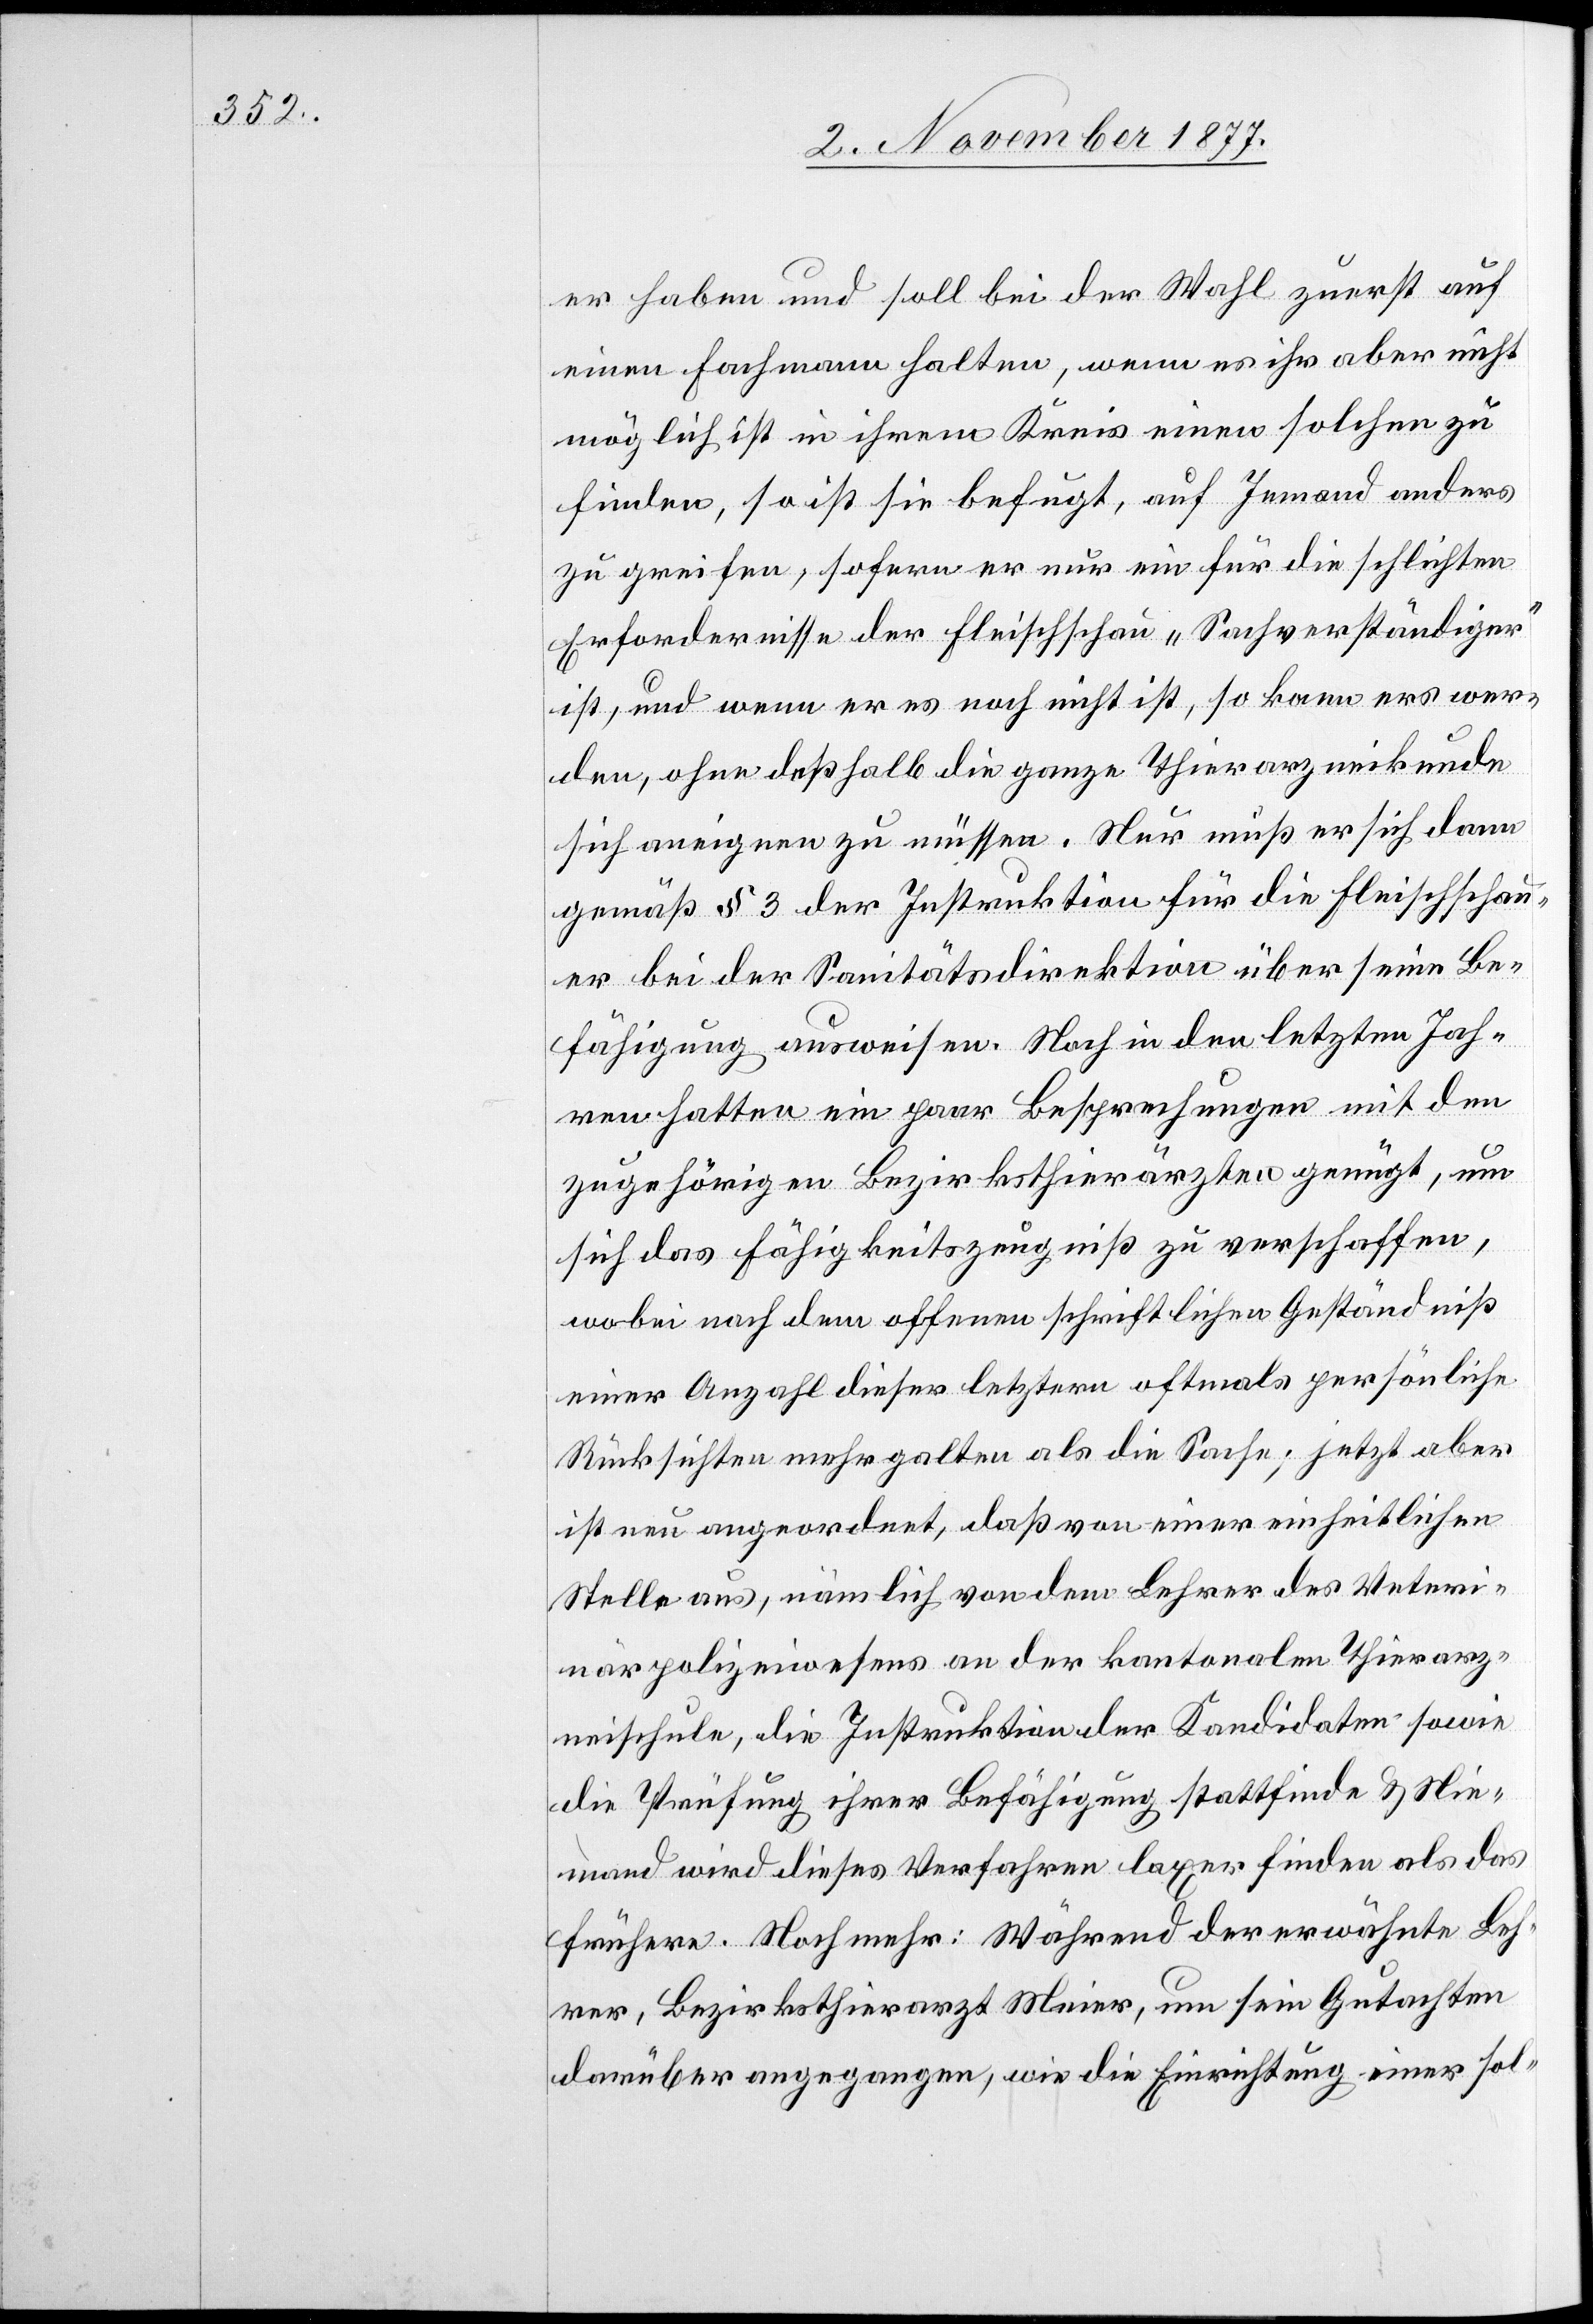
er haben und soll bei der Wahl zuerst auf
einen Fachmann halten, wenn es ihr aber nicht
möglich ist in ihrem Kreis einen solchen zu
finden, so ist sie befugt, auf Jemand anders
zu greifen, sofern er nur ein für die schlichten
Erfordernisse der Fleischschau „Sachverständiger“
ist, und wenn er es noch nicht ist, so kann ers wer¬
den, ohne deßhalb die ganze Thierarzneikunde
sich aneignen zu müssen. Nur muß er sich dann
gemäß § 3 der Instruktion für die Fleischschau¬
er bei der Sanitätsdirektion über seine Be¬
fähigung ausweisen. Noch in den letzten Jah¬
ren hatten ein paar Besprechungen mit den
zugehörigen Bezirksthierärzten genügt, um
sich das Fähigkeitszeugniß zu verschaffen,
wobei nach dem offenen schriftlichen Geständniß
einer Anzahl dieser letztern oftmals persönliche
Rücksichten mehr galten als die Sache; jetzt aber
ist neu angeordnet, daß von einer einheitlichen
Stelle aus, nämlich von dem Lehrer des Veteri¬
närpolizeiwesens an der kantonalen Thierarz¬
neischule, die Instruktion der Kandidaten sowie
die Prüfung ihrer Befähigung stattfinde & Nie¬
mand wird dieses Verfahren laxer finden als das
frühere. Noch mehr: Während der erwähnte Leh¬
rer, Bezirksthierarzt Meier, um sein Gutachten
darüber angegangen, wie die Einrichtung einer sol-